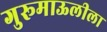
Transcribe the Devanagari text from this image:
गुरूमाऊलीला